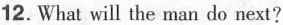
12.What will the man do next?